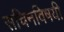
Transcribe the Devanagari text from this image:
सचिनविषयी